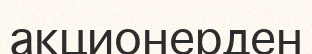
акционерден